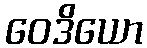
ဝေဒိယော